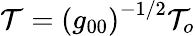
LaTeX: {\cal T}=\left(g_{00}\right)^{-1/2}{\cal T}_{o}